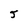
Character: 5